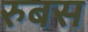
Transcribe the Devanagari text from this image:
रुबस